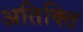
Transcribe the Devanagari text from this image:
अतिक्ति